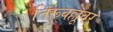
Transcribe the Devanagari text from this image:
तिरूवल्लूवर